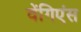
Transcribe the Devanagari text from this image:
वेंगिएंस